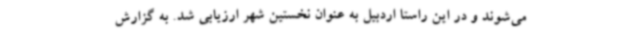
می‌شوند و در این راستا اردبیل به عنوان نخستین شهر ارزیابی شد. به گزارش